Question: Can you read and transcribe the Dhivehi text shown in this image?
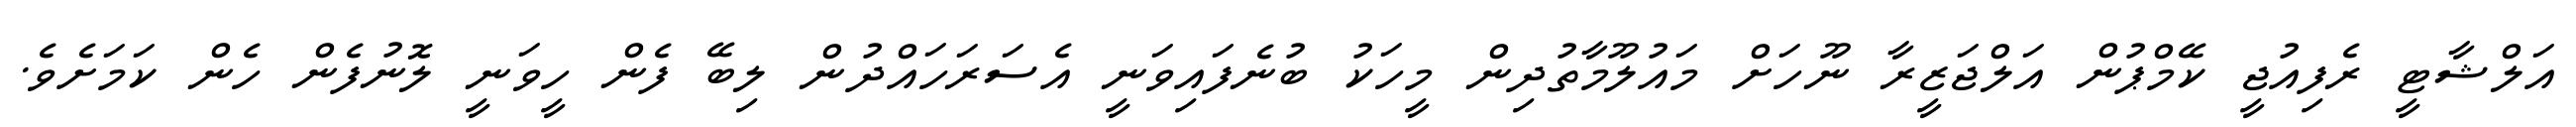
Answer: އަލްޝާޓީ ރެފިއުޖީ ކޭމްޕުން އަލްޖަޒީރާ ނޫހަށް މައުލޫމާތުދިން މީހަކު ބުނެފައިވަނީ އެސަރަހައްދުން ލިބޭ ފެން ހީވަނީ ލޮނުފެން ހެން ކަމަށެވެ.